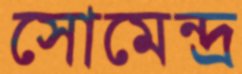
সোমেন্দ্র